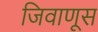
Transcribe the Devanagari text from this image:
जिवाणूस